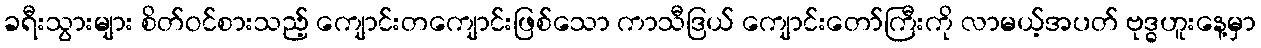
ခရီးသွားများ စိတ်ဝင်စားသည့် ကျောင်းတကျောင်းဖြစ်သော ကာသီဒြယ် ကျောင်းတော်ကြီးကို လာမယ့်အပတ် ဗုဒ္ဓဟူးနေ့မှာ